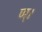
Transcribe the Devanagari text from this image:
ण्।